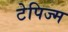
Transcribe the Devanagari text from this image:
टेपिज्म